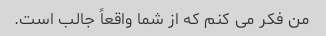
من فکر می کنم که از شما واقعاً جالب است.